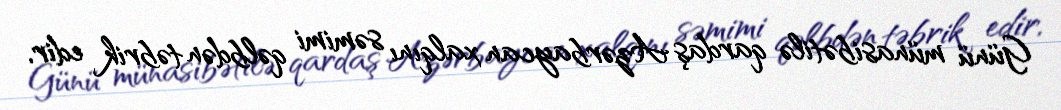
Günü münasibətilə qardaş Azərbaycan xalqını səmimi qəlbdən təbrik edir,